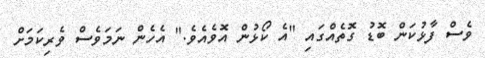
ވެސް ފާޅުކަން ބޮޑު ގޮތެއްގައި "އެ ކޯޅުން އޮވެއެވެ." އެހެން ނަމަވެސް ވެރިކަމަށް